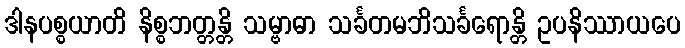
ဒါနပစ္စယာတိ နိစ္စဘတ္တန္တိ သမ္ဗာဓာ သင်္ခတမဘိသင်္ခရောန္တိ ဥပနိဿာယပေ